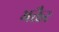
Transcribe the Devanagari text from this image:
भक्तैर